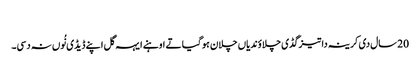
‏
20 سال دی کرینہ دا تیز گڈی چلاؤندیاں چلا‌ن ہو گیا تے اوہنے ایہہ گل اپنے ڈیڈی نُوں نہ دسی۔